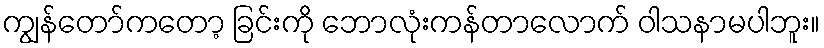
ကျွန်တော်ကတော့ ခြင်းကို ဘောလုံးကန်တာလောက် ဝါသနာမပါဘူး။